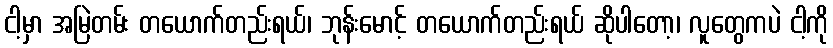
ငါ့မှာ အမြဲတမ်း တယောက်တည်းရယ်၊ ဘုန်းမောင့် တယောက်တည်းရယ် ဆိုပါတော့၊ လူတွေကပဲ ငါ့ကို